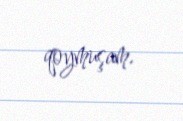
qoymuşam.